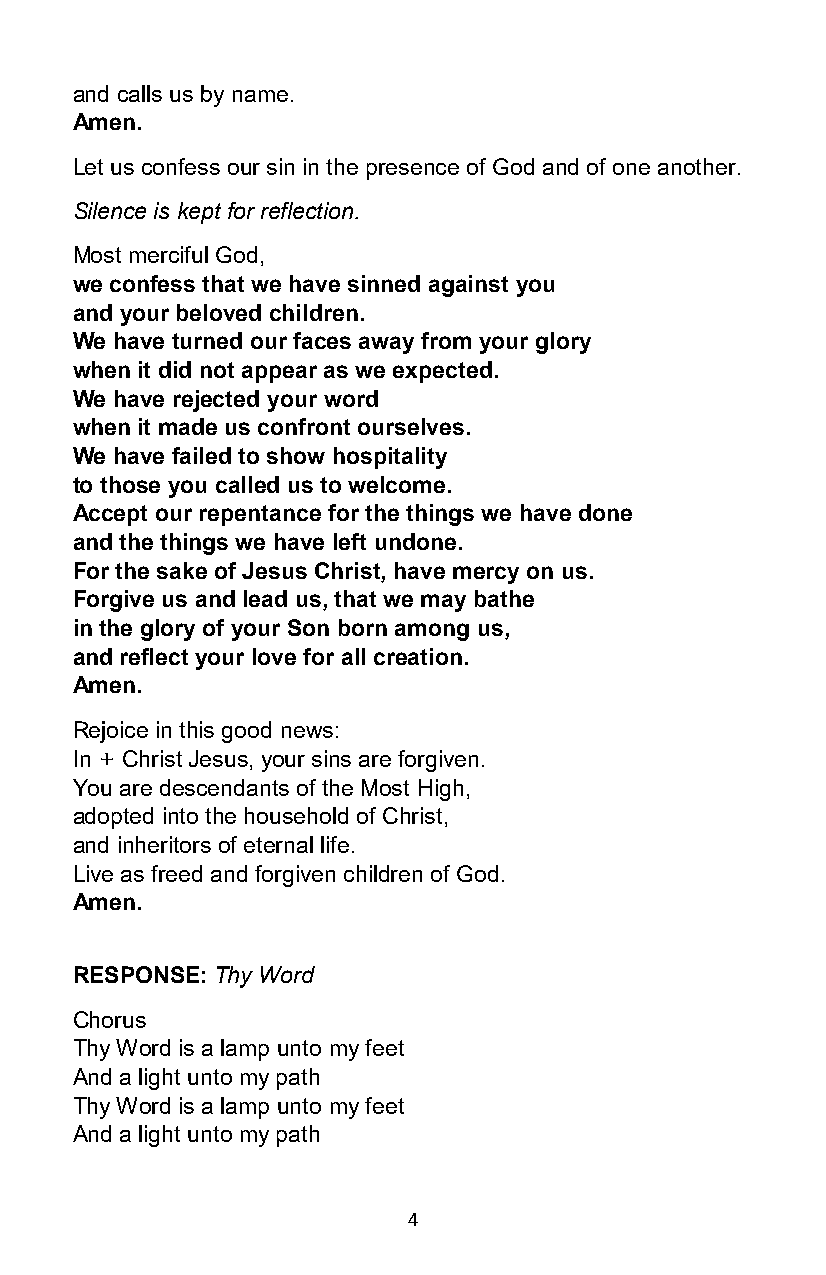
and calls us by name.
 Amen.
 Let us confess our sin in the presence of God and of one another.
 Silence is kept for reflection.
 Most merciful God,
 we confess that we have sinned against you
 and your beloved children.
 We have turned our faces away from your glory
 when it did not appear as we expected.
 We have rejected your word
 when it made us confront ourselves.
 We have failed to show hospitality
 to those you called us to welcome.
 Accept our repentance for the things we have done
 and the things we have left undone.
 For the sake of Jesus Christ, have mercy on us.
 Forgive us and lead us, that we may bathe
 in the glory of your Son born among us,
 and reflect your love for all creation.
 Amen.
 Rejoice in this good news:
 In + Christ Jesus, your sins are forgiven.
 You are descendants of the Most High,
 adopted into the household of Christ,
 and inheritors of eternal life.
 Live as freed and forgiven children of God.
 Amen.
 RESPONSE: Thy Word
 Chorus
 Thy Word is a lamp unto my feet
 And a light unto my path
 Thy Word is a lamp unto my feet
 And a light unto my path
 4